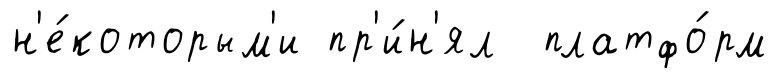
н'е́которым'и пр'и́н'ял платфо́рм